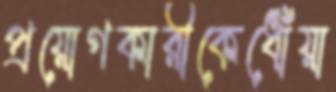
প্রয়োগকারীকেধোঁয়া